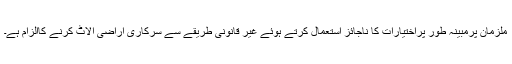
ملزمان پرمبینہ طور پراختیارات کا ناجائز استعمال کرتے ہوئے غیر قانونی طریقے سے سرکاری اراضی الاٹ کرنے کاالزام ہے۔